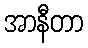
အာနီတာ